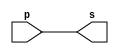
// ----------------------------------------------------------------------------------------
// Exemplo0004 - OR
// Nome: Dbora Deslandes de Almeida
// ----------------------------------------------------------------------------------------
//
// ----------------------------------------------------------------------------------------
// -- buffer
// ----------------------------------------------------------------------------------------
	module buffer (output s, input p);
		assign s = p; //vinculo permanente (dependencia)
	endmodule // buffer
//	
// ----------------------------------------------------------------------------------------
// -- testbuffer
// ----------------------------------------------------------------------------------------
	module testbuffer;
		// --------------------------------------------------------------------- dados locais
		reg a; //registrador (independente)
		wire s; //conexao -> fio 
				  // (variavel dependente
		// ------------------------------------------------------------------------ instancia
		buffer banana (s,a);
		// ----------------------------------------------------------------------- preparacao
		initial begin: start
//			a = 0; //valor inicial
		end
		// ------------------------------------------------------------------- parte principal
		initial begin: main
			//execuao unitaria(imprime somente uma vez)
//			$display ("\nExemplo 001 - Debora Deslandes de Almeida Batista");
//			$display ("\nMatricula: 451549");
//			$display ("\nTeste buffer");
//			$display ("\n\t\t\tTime\ta = s");
			//execucao permanete - imprime sempre que mudar o valor da entrada ou da saida
//			$monitor ("\n\t%d\t%b = %b" , $time,a,s);
				//apos x unidades de tempo
//				#1 a = 1;
//				#2 a = 0;
		end
	endmodule // testbuffer
	
// -----------------------------------------------------------------------------------------
// -- not gate
// -----------------------------------------------------------------------------------------
	module notgate ( output s, input p);
		assign s = ~p;
	endmodule // notgate
	
// -----------------------------------------------------------------------------------------
// -- test not gate
// -----------------------------------------------------------------------------------------
	module testnotgate;
	// ------------------------------------------------------------------------- dados locais
	reg a;
	wire s;
	// ---------------------------------------------------------------------------- instancia
	notgate uva (s,a);
	// --------------------------------------------------------------------------- preparacao
	initial begin : start
//		a = 0; //valor inicial
	end
	// ---------------------------------------------------------------------- parte principal
	initial begin
//		$display ("Exemplo 0002 - Debora Deslandes de Almeida Batista");
//		$display ("Matricula: 451549");
//		$display ("Teste NOT gate");
//		$display ("\n~a = s\n");
//		a = 0;
//		#1 $display ("~%b = %b", a, s);
//			a = 1;
//		#1 $display ("~%b = %b", a, s);
	end
endmodule // testnotgate

// -----------------------------------------------------------------------------------------
// -- and gate
// -----------------------------------------------------------------------------------------

module andgate (output s, input q, input p);
	assign s = p&q;
endmodule // andgate

// -----------------------------------------------------------------------------------------
// -- test and gate
// -----------------------------------------------------------------------------------------
module testandgate;
	// ------------------------------------------------------------------------- dados locais
	reg a,b;
	wire s;
	// ---------------------------------------------------------------------------- instancia
	andgate morango (s,a,b);
	// --------------------------------------------------------------------------- preparacao
	initial begin:start
//		a = 0;
//		b = 0;
	end
	// ---------------------------------------------------------------------- parte principal
	initial begin
//		$display ("Exemplo 0003 - Debora Deslandes de Almeida Batista");
//		$display ("Matricula : 451549");
//		$display ("Test AND gate");
//		$display ("\na & b = s\n");
//		a = 0;
//		b = 0;
//		$monitor ("%b & %b = %b", a,b,s);
//			#1 a = 0; b = 0;
//			#1 a = 1; b = 0;
//			#1 a = 1; b = 1;
	end
endmodule // testandgate

// -----------------------------------------------------------------------------------------
// -- or gate
// -----------------------------------------------------------------------------------------
module orgate (output s, input p,q);
	assign s = p|q;
endmodule // orgate
// -----------------------------------------------------------------------------------------
// -- test or gate
// -----------------------------------------------------------------------------------------
module testorgate;
	// ------------------------------------------------------------------------- dados locais
	reg a,b;
	wire s;
	// ---------------------------------------------------------------------------- instancia
	orgate abacaxi (s,a,b);
	// --------------------------------------------------------------------------- preparacao
	initial begin : start
		a = 0;
		b = 0;
	end
	// ---------------------------------------------------------------------- parte principal
	initial begin
		$display ("Exemplo0004 - Debora Deslandes de Almeida Batista");
		$display ("Matricula : 451549");
		$display ("Test OR gate");
		$display ("\na & b = s\n");
		 a = 0; b = 0;
		$monitor ("%b & %b = %b" ,a,b,s);
			#1 a = 0; b = 1;
			#1 a = 1; b = 0;
			#1 a = 1; b = 1;
	end
endmodule // testorgate